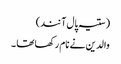
( ستیہ پال آنند)
والدین نے نام رکھا تھا ۔